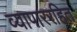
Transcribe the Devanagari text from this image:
व्यापाररहित